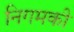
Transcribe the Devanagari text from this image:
निगमकी